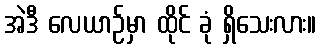
အဲဒီ လေယာဉ်မှာ ထိုင် ခုံ ရှိသေးလား။